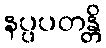
နပ္ပပတန္တိ